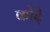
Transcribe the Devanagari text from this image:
कोदै